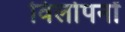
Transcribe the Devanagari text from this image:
विलोपनों